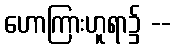
ဟောကြားဟူရာ၌ --